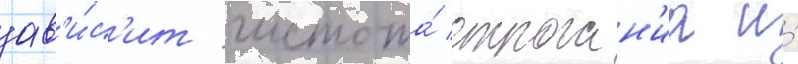
зав'и́с'ит чистота́ строган'иа и́